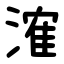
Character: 㴶